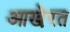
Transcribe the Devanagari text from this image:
आखे़रत